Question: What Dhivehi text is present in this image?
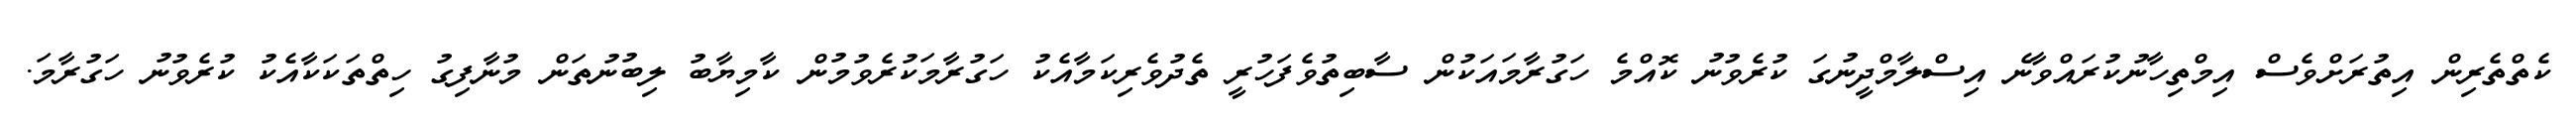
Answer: ކެތްތެރިން އިތުރަށްވެސް އިމްތިހާނުކުރައްވާނެ އިސްލާމްދީނުގަ ކުރެވުނު ކޮއްމެ ހަގުރާމައަކުން ސާބިތުވެފަހުރީ ތެދުވެރިކަމާއެކު ހަގުރާމަކުރެވުމުން ކާމިޔާބު ލިބުނުތަން މުނާފިގު ހިތްތަކަކާއެކު ކުރެވުނު ހަގުރާމަ.